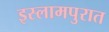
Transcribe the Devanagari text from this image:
इस्लामपुरात